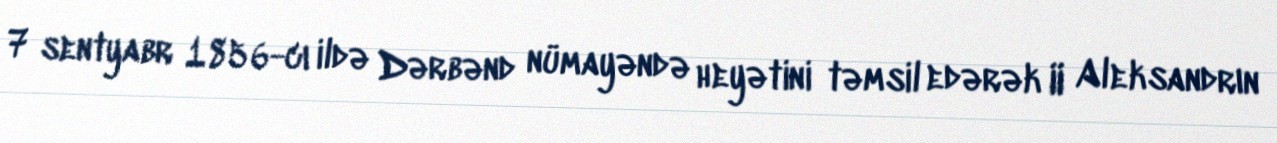
7 sentyabr 1856-cı ildə Dərbənd nümayəndə heyətini təmsil edərək II Aleksandrın